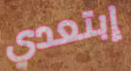
إبتعدي